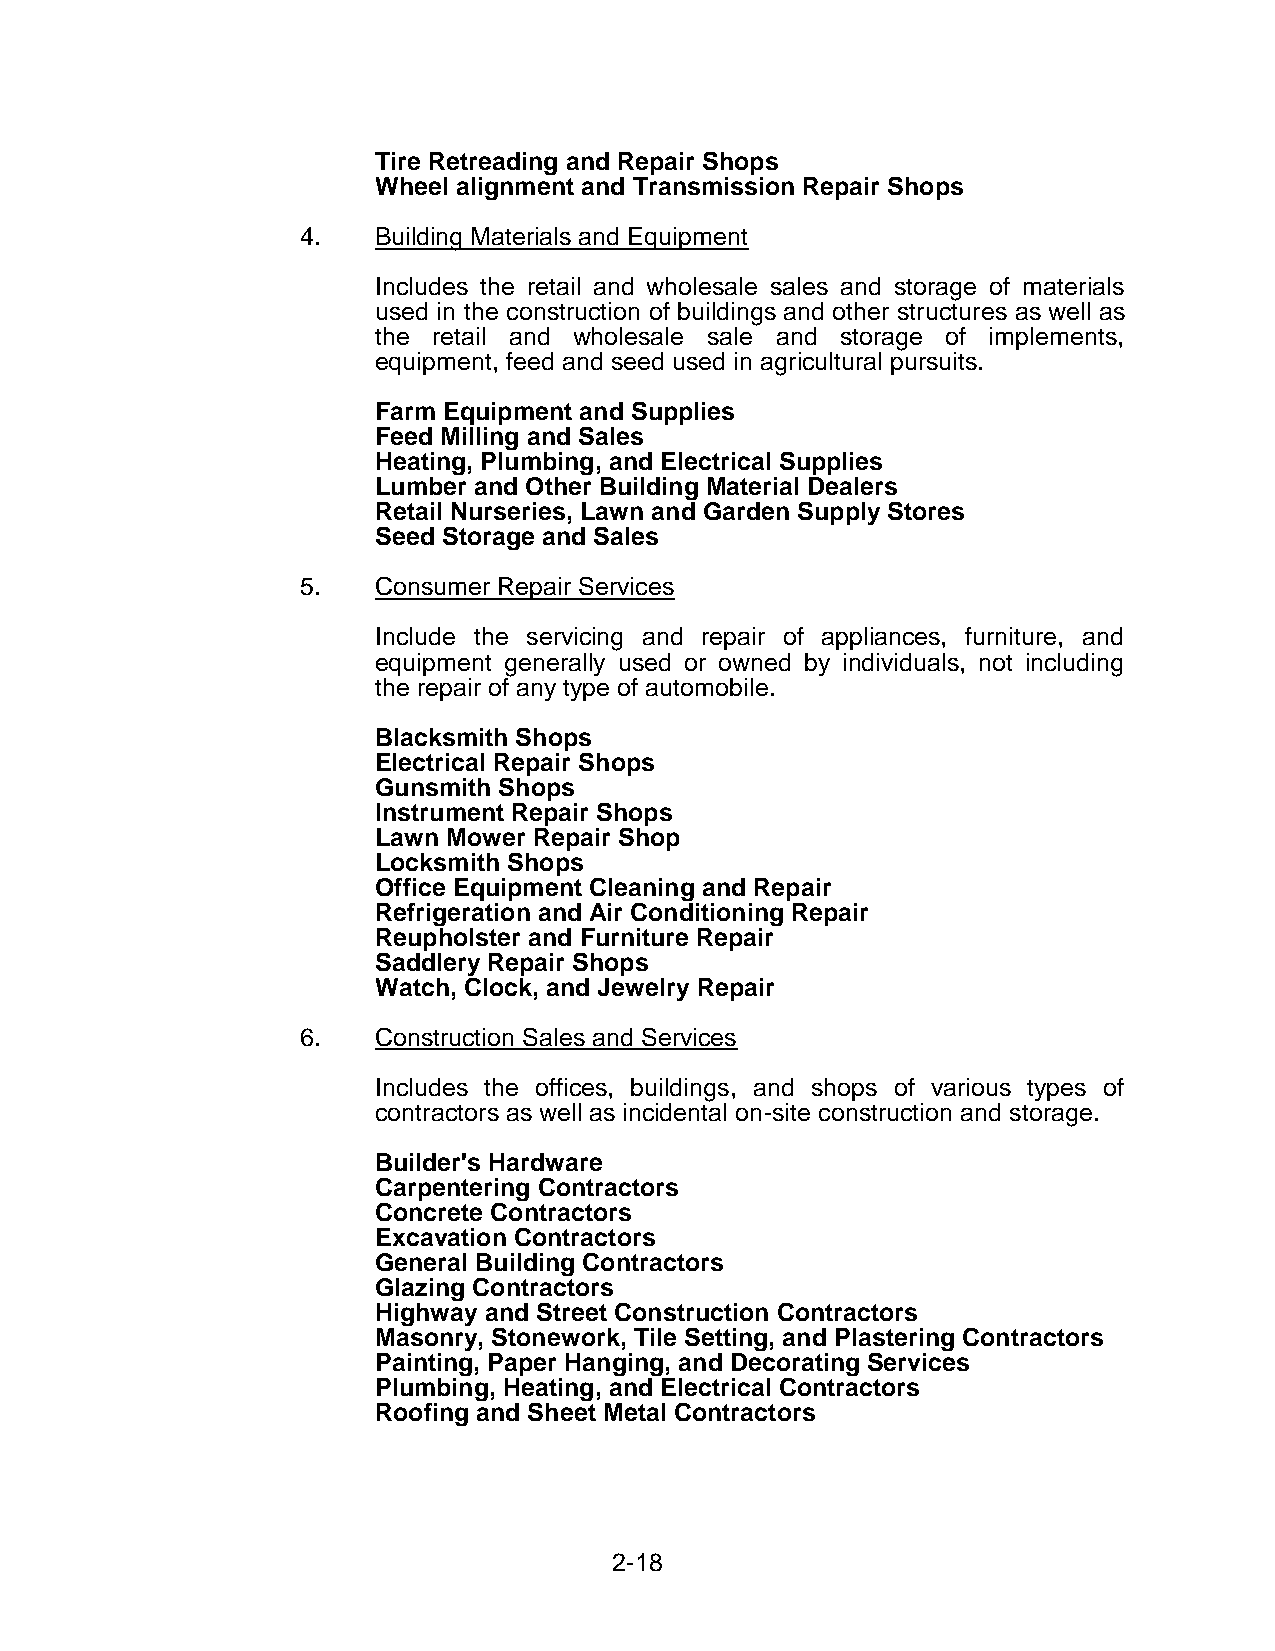
Tire Retreading and Repair Shops
 Wheel alignment and Transmission Repair Shops
 4.   Building Materials and Equipment
 Includes the retail and wholesale sales and storage of materials
 used in the construction of buildings and other structures as well as
 the retail and wholesale sale and storage of implements,
 equipment, feed and seed used in agricultural pursuits.
 Farm Equipment and Supplies
 Feed Milling and Sales
 Heating, Plumbing, and Electrical Supplies
 Lumber and Other Building Material Dealers
 Retail Nurseries, Lawn and Garden Supply Stores
 Seed Storage and Sales
 5.   Consumer Repair Services
 Include the servicing and repair of appliances, furniture, and
 equipment generally used or owned by individuals, not including
 the repair of any type of automobile.
 Blacksmith Shops
 Electrical Repair Shops
 Gunsmith Shops
 Instrument Repair Shops
 Lawn Mower Repair Shop
 Locksmith Shops
 Office Equipment Cleaning and Repair
 Refrigeration and Air Conditioning Repair
 Reupholster and Furniture Repair
 Saddlery Repair Shops
 Watch, Clock, and Jewelry Repair
 6.   Construction Sales and Services
 Includes the offices, buildings, and shops of various types of
 contractors as well as incidental on-site construction and storage.
 Builder's Hardware
 Carpentering Contractors
 Concrete Contractors
 Excavation Contractors
 General Building Contractors
 Glazing Contractors
 Highway and Street Construction Contractors
 Masonry, Stonework, Tile Setting, and Plastering Contractors
 Painting, Paper Hanging, and Decorating Services
 Plumbing, Heating, and Electrical Contractors
 Roofing and Sheet Metal Contractors
 2-18